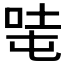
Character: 𰇦